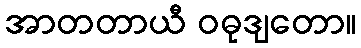
အာတတာယီ ဝဓုဒျတော။